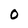
Character: 0